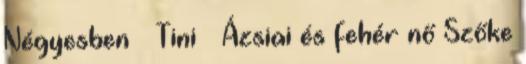
Négyesben ▪ Tini ▪ Ázsiai és fehér nő Szőke